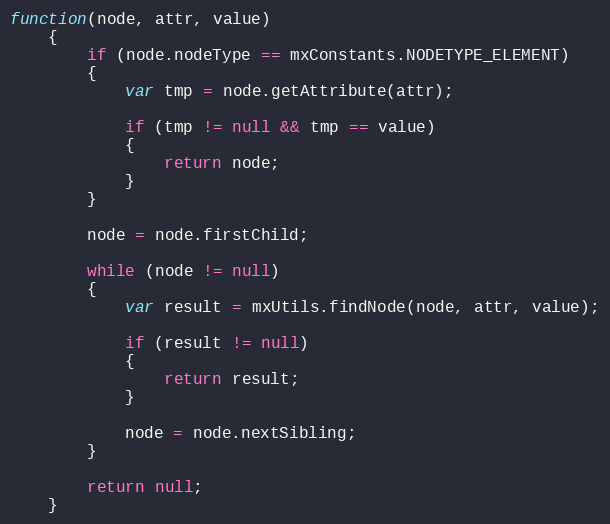
Language: JavaScript
function(node, attr, value)
	{
		if (node.nodeType == mxConstants.NODETYPE_ELEMENT)
		{
			var tmp = node.getAttribute(attr);

			if (tmp != null && tmp == value)
			{
				return node;
			}
		}

		node = node.firstChild;

		while (node != null)
		{
			var result = mxUtils.findNode(node, attr, value);

			if (result != null)
			{
				return result;
			}

			node = node.nextSibling;
		}

		return null;
	}